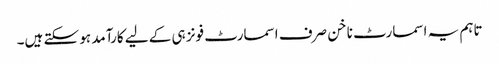
تاہم یہ اسمارٹ ناخن صرف اسمارٹ فونز ہی کے لیے کارآمد ہو سکتے ہیں۔